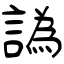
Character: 譌